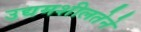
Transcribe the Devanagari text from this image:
उद्यमशीलतेने